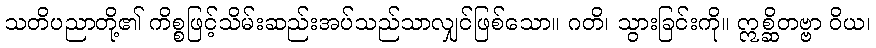
သတိပညာတို့၏ ကိစ္စဖြင့်သိမ်းဆည်းအပ်သည်သာလျှင်ဖြစ်သော။ ဂတိ၊ သွားခြင်းကို။ ဣစ္ဆိတဗ္ဗာ ဝိယ၊